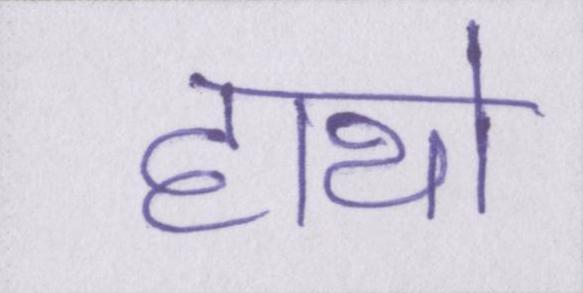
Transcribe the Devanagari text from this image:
हाथो